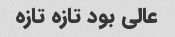
عالی بود تازه تازه